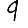
Digit: 9